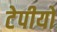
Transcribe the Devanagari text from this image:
टेपीयो